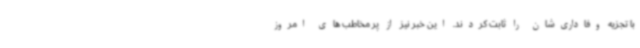
با تجزیه وفاداری‌شان را ثابت کردند. این خبر نیز از پر مخاطب های امروز